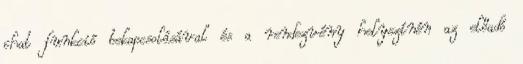
chat funkció bekapcsolásával és a rendezvény helyszínén az előadó